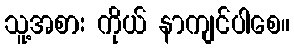
သူ့အစား ကိုယ် နာကျင်ပါစေ။